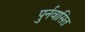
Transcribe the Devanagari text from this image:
पुर्नवासित